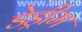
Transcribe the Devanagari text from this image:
डेड्रीम